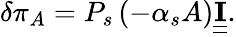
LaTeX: \delta\pi_{A}=P_{s}\left(-\alpha_{s}A\right)\underline{{\underline{{\mathbf{I}}}}}.